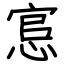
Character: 悹